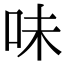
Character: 味